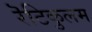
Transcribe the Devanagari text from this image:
रॆटिकुलम